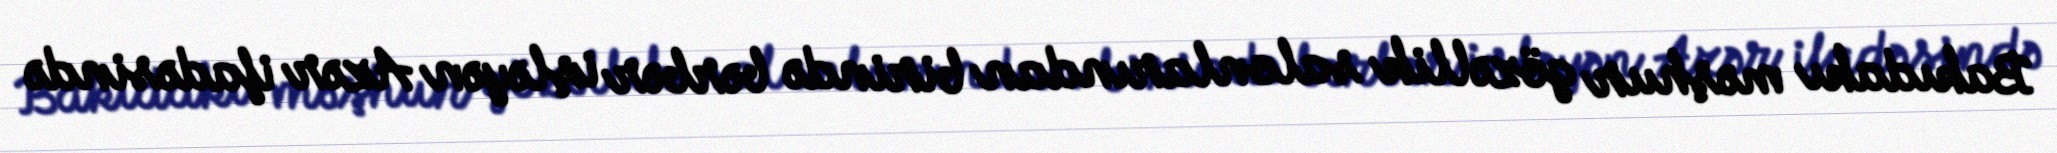
Bakıdakı məşhur gözəllik salonlarından birində bərbər işləyən Azər ifadəsində